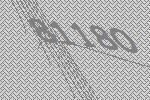
81180